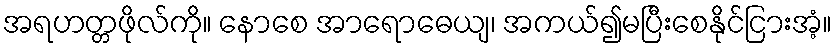
အရဟတ္တဖိုလ်ကို။ နောစေ အာရောဓေယျ၊ အကယ်၍မပြီးစေနိုင်ငြားအံ့။